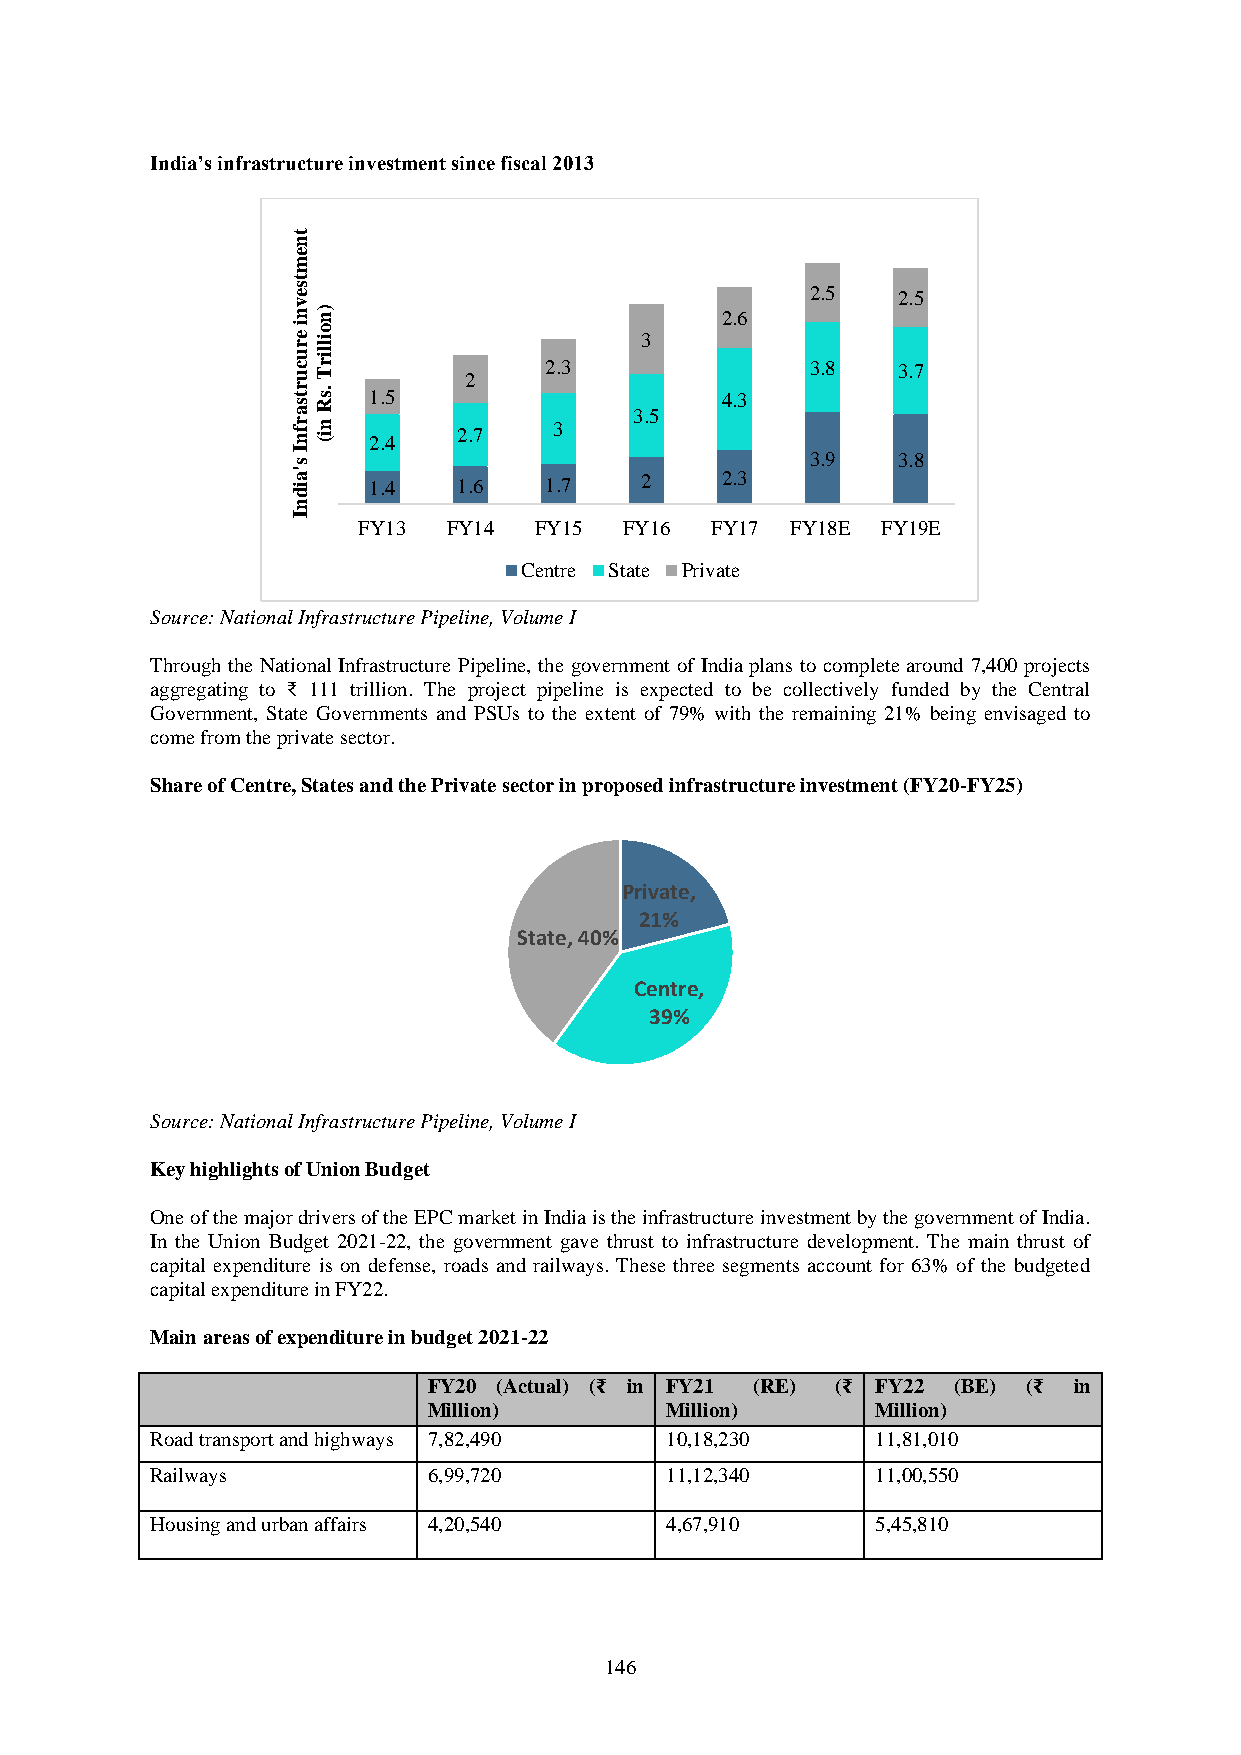
India’s infrastructure investment since fiscal 2013
 t
 n
 e
 m
 t
 s e                                2.5  2.5
 v
 n) n                         2.6
 i
 e
 r
 u
 c
 uo
 illir
 T         2    2.3
 3
 3.8  3.7
 r t .s 1.5                   4.3
 sR
 a
 r f n n i( 2.4 2.7 3
 3.5
 I
 s                                  3.9  3.8
 'a id 1.4  1.6   1.7   2     2.3
 n
 I
 FY13  FY14 FY15  FY16  FY17 FY18E FY19E
 Centre State Private
 Source: National Infrastructure Pipeline, Volume I
 Through the National Infrastructure Pipeline, the government of India plans to complete around 7,400 projects
 aggregating to ₹ 111 trillion. The project pipeline is expected to be collectively funded by the Central
 Government, State Governments and PSUs to the extent of 79% with the remaining 21% being envisaged to
 come from the private sector.
 Share of Centre, States and the Private sector in proposed infrastructure investment (FY20-FY25)
 Private,
 21%
 State, 40%
 Centre,
 39%
 Source: National Infrastructure Pipeline, Volume I
 Key highlights of Union Budget
 One of the major drivers of the EPC market in India is the infrastructure investment by the government of India.
 In the Union Budget 2021-22, the government gave thrust to infrastructure development. The main thrust of
 capital expenditure is on defense, roads and railways. These three segments account for 63% of the budgeted
 capital expenditure in FY22.
 Main areas of expenditure in budget 2021-22
 FY20 (Actual) (₹ in FY21 (RE) (₹ FY22 (BE) (₹ in
 Million)        Million)      Million)
 Road transport and highways 7,82,490 10,18,230  11,81,010
 Railways          6,99,720        11,12,340     11,00,550
 Housing and urban affairs 4,20,540 4,67,910     5,45,810
 146